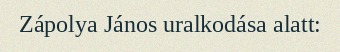
Zápolya János uralkodása alatt: